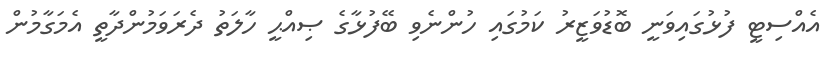
އެއްސިޓީ ފުޅުގައިވަނީ ބޮޑުވަޒީރު ކަމުގައި ހުންނެވި ބޭފުޅާގެ ޞިއްޙީ ހާލަތު ދެރަވަމުންދާތީ އެމަގާމުން